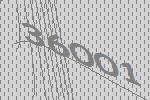
36001